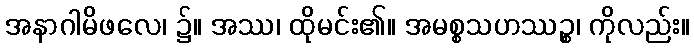
အနာဂါမိဖလေ၊ ၌။ အဿ၊ ထိုမင်း၏။ အမစ္စသဟဿဉ္စ၊ ကိုလည်း။